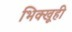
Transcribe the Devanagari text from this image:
भिक्खूही